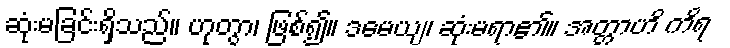
ဆုံးမခြင်းရှိသည်။ ဟုတွာ၊ ဖြစ်၍။ ဒမေယျ၊ ဆုံးမရာ၏။ အတ္တာဟိ ကိရ